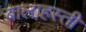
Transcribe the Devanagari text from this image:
बालाहस्ती